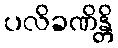
ပလိခဏိန္တိ